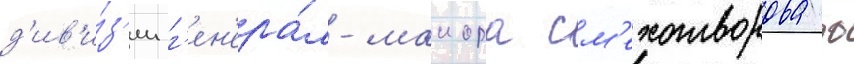
д'ив'и́з'ии г'ен'ера́л-маиора см'ехотворова ф